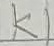
Text: K1